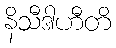
နိသီဒါဟီတိ